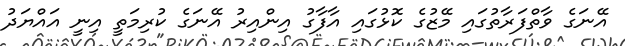
އޭނަގެ ވާތްފަރާތުގައި މޭޒުގެ ކޮޅުގައި އާފާގު އިންއިރު އޭނަގެ ކުރިމަތީ އިނީ އައްޔަދު